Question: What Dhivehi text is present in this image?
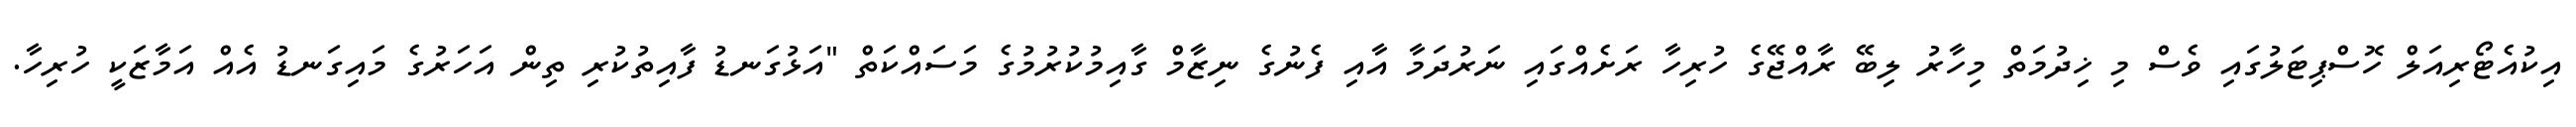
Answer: އިކުއެޓޯރިއަލް ހޮސްޕިޓަލުގައި ވެސް މި ޚިދުމަތް މިހާރު ލިބޭ ރާއްޖޭގެ ހުރިހާ ރަށެއްގައި ނަރުދަމާ އާއި ފެނުގެ ނިޒާމް ގާއިމުކުރުމުގެ މަސައްކަތް "އަޅުގަނޑު ފާއިތުކުރި ތިން އަހަރުގެ މައިގަނޑު އެއް އަމާޒަކީ ހުރިހާ.